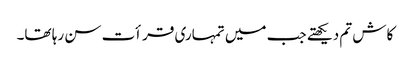
کاش تم دیکھتے جب میں تمہاری قرأت سن رہا تھا۔